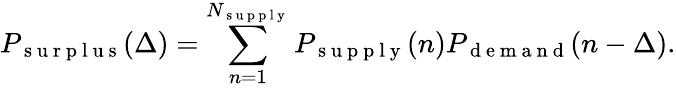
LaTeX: P_{\mathrm{~s~u~r~p~l~u~s~}}(\Delta)=\sum_{n=1}^{N_{\mathrm{~s~u~p~p~l~y~}}}P_{\mathrm{~s~u~p~p~l~y~}}(n)P_{\mathrm{~d~e~m~a~n~d~}}(n-\Delta).